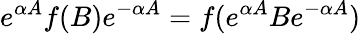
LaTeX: e^{\alpha A}f(B)e^{-\alpha A}=f(e^{\alpha A}Be^{-\alpha A})